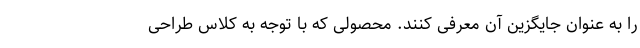
را به عنوان جایگزین آن معرفی کنند. محصولی که با توجه به کلاس طراحی